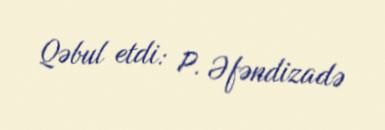
Qəbul etdi: P. Əfəndizadə